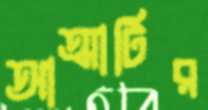
আত্মাটির